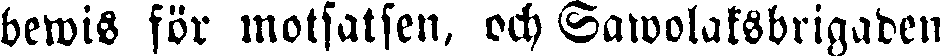
bewis för motsatsen, och Sawolaksbrigaden